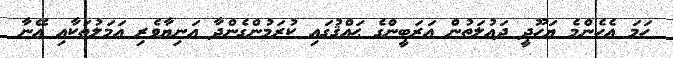
ހަމަ އެހެންމެ ޔަހޫދީ ދައުލަތުން ޢަރަބީންގެ ޙައްޤުގައި ކުރަމުންގެންދާ އަނިޔާވެރި ޢަމަލުތަކާއި އޭނާ